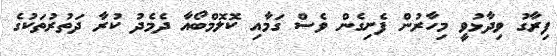
ފިރާގު ވިދާޅުވީ މިހާރުން ފެށިގެން ވެސް ގަމާއި ކޮލޮމްބޯއާ ދެމެދު ކުރާ ދަތުރުތަކުގެ